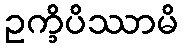
ဥက္ခိပိဿာမိ